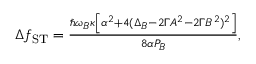
\begin{array} { r } { \Delta f _ { \mathrm { S T } } = \frac { \hbar \omega _ { B } \kappa \left[ \alpha ^ { 2 } + 4 ( \Delta _ { B } - 2 \Gamma A ^ { 2 } - 2 \Gamma B ^ { 2 } ) ^ { 2 } \right] } { 8 \alpha P _ { B } } , } \end{array}